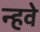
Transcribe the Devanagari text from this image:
न्हवे